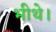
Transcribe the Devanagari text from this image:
भीथे।